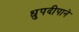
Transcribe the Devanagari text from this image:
धुपदीपाने